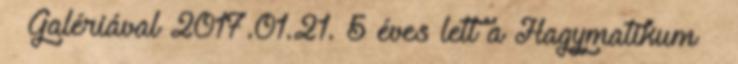
– Galériával 2017.01.21. 5 éves lett a Hagymatikum –